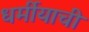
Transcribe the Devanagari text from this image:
धर्मीयाची